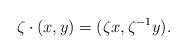
LaTeX: \begin{align*}\zeta\cdot(x,y)=(\zeta x,\zeta^{-1}y).\end{align*}